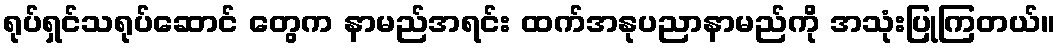
ရုပ်ရှင်သရုပ်ဆောင် တွေက နာမည်အရင်း ထက်အနုပညာနာမည်ကို အသုံးပြုကြတယ်။